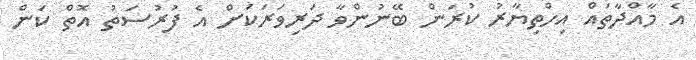
އެ މާއްދާތައް އިހްތިޔާރު ކުރަން ބޭނުންވާ ދަރިވަރަކަށް އެ ފުރުސަތު އޮތް ކަން